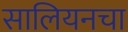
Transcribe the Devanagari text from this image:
सालियनचा